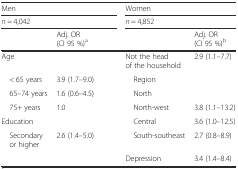
<table><thead><tr><td colspan="2"><b>Men</b></td><td colspan="2"><b>Women</b></td></tr><tr><td colspan="2"><b><i>n</i> = 4,042</b></td><td colspan="2"><b><i>n</i> = 4,852</b></td></tr><tr><td></td><td><b>Adj. OR (CI 95 %)<sup>a</sup></b></td><td></td><td><b>Adj. OR (CI 95 %)<sup>b</sup></b></td></tr></thead><tbody><tr><td>Age</td><td></td><td>Not the head of the household</td><td>2.9 (1.1–7.7)</td></tr><tr><td> &lt; 65 years</td><td>3.9 (1.7–9.0)</td><td> Region</td><td></td></tr><tr><td> 65–74 years</td><td>1.6 (0.6–4.5)</td><td> North</td><td></td></tr><tr><td> 75+ years</td><td>1.0</td><td> North-west</td><td>3.8 (1.1–13.2)</td></tr><tr><td>Education</td><td></td><td> Central</td><td>3.6 (1.0–12.5)</td></tr><tr><td> Secondary or higher</td><td>2.6 (1.4–5.0)</td><td> South-southeast</td><td>2.7 (0.8–8.9)</td></tr><tr><td></td><td></td><td>Depression</td><td>3.4 (1.4–8.4)</td></tr></tbody></table>